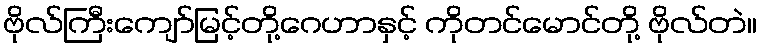
ဗိုလ်ကြီးကျော်မြင့်တို့ဂေဟာနှင့် ကိုတင်မောင်တို့ ဗိုလ်တဲ။